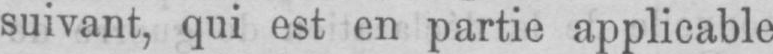
suivant, qui est en partie applicable